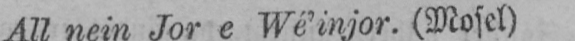
All nein Jor e Wé’injor. (Mosel)